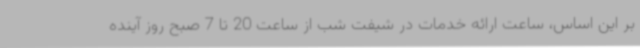
بر این اساس، ساعت ارائه خدمات در شیفت شب از ساعت 20 تا 7 صبح روز آینده